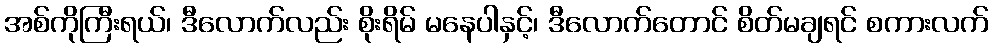
အစ်ကိုကြီးရယ်၊ ဒီလောက်လည်း စိုးရိမ် မနေပါနှင့်၊ ဒီလောက်တောင် စိတ်မချရင် စကားလက်